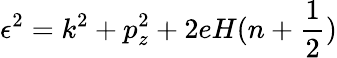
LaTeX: \epsilon^{2}=k^{2}+p_{z}^{2}+2eH(n+\frac{1}{2})